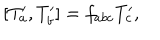
\lbrack T _ { a } ^ { \prime } , T _ { b } ^ { \prime } ] = f _ { a b c } T _ { c } ^ { \prime } ,